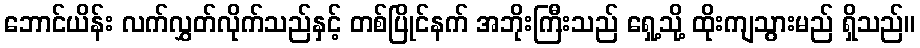
ဘောင်ယိန်း လက်လွှတ်လိုက်သည်နှင့် တစ်ပြိုင်နက် အဘိုးကြီးသည် ရှေ့သို့ ထိုးကျသွားမည် ရှိသည်။